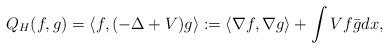
LaTeX: \begin{align*} Q_H (f,g) = \langle f , (-\Delta + V) g \rangle := \langle \nabla f , \nabla g \rangle + \int V f \bar{g} dx , \end{align*}